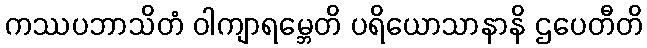
ကဿပဘာသိတံ ဝါကျာရမ္ဘေတိ ပရိယောသာနာနိ ဌပေတီတိ